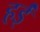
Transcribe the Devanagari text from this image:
हईं